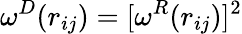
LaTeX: \omega^{D}(r_{ij})=[\omega^{R}(r_{ij})]^{2}